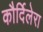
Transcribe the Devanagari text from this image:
कौर्दिलेरा